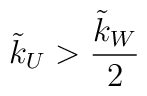
\tilde{k}_U> \frac{\tilde{k}_W}{2}